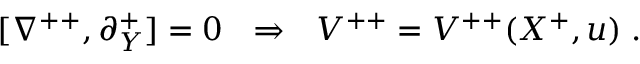
[ \nabla ^ { + + } , \partial _ { Y } ^ { + } ] = 0 \ \ \Rightarrow \ \ V ^ { + + } = V ^ { + + } ( X ^ { + } , u ) \; .